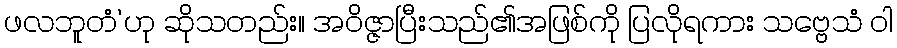
ဖလဘူတံ’ဟု ဆိုသတည်း။ အဝိဇ္ဇာပြီးသည်၏အဖြစ်ကို ပြလိုရကား သဗ္ဗေသံ ဝါ